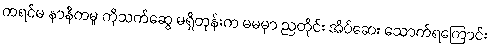
ကရင်မ နာနီကမူ ကိုသက်ဆွေ မရှိတုန်းက မမမှာ ညတိုင်း အိပ်ဆေး သောက်ရကြောင်း